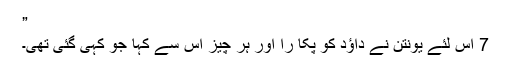
”
7 اس لئے یونتن نے داؤد کو پکا را اور ہر چیز اس سے کہا جو کہی گئی تھی۔